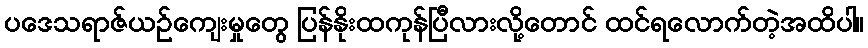
ပဒေသရာဇ်ယဉ်ကျေးမှုတွေ ပြန်နိုးထကုန်ပြီလားလို့တောင် ထင်ရလောက်တဲ့အထိပါ။